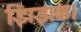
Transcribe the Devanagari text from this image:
झिझक।